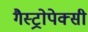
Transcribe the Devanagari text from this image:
गैस्ट्रोपेक्सी